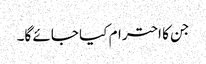
جن کا احترام کیا جائے گا۔